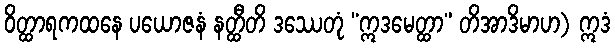
ဝိတ္ထာရကထနေ ပယောဇနံ နတ္ထီတိ ဒဿေတုံ “ဣဒမေတ္ထာ” တိအာဒိမာဟ) ဣဒံ